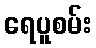
ရေပူစမ်း